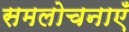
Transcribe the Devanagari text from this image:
समलोचनाएँ